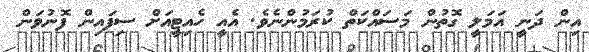
އިން ދަނީ އަމަލީ ގޮތުން މަސައްކަތް ކުރަމުންނެވެ. އެއީ ހެއިޓީއަށް ސިފައިން ފޮނުވަން